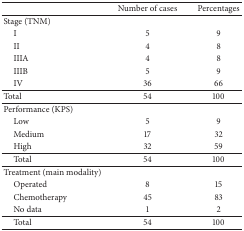
<table><thead><tr><td><b> </b></td><td><b>Number of cases</b></td><td><b>Percentages</b></td></tr></thead><tbody><tr><td>Stage (TNM)</td><td> </td><td> </td></tr><tr><td> I</td><td>5</td><td>9</td></tr><tr><td> II</td><td>4</td><td>8</td></tr><tr><td> IIIA</td><td>4</td><td>8</td></tr><tr><td> IIIB</td><td>5</td><td>9</td></tr><tr><td> IV</td><td>36</td><td>66</td></tr><tr><td>Total</td><td>54</td><td>100</td></tr><tr><td>Performance (KPS)</td><td> </td><td> </td></tr><tr><td> Low</td><td>5</td><td>9</td></tr><tr><td> Medium</td><td>17</td><td>32</td></tr><tr><td> High</td><td>32</td><td>59</td></tr><tr><td> Total</td><td>54</td><td>100</td></tr><tr><td>Treatment (main modality)</td><td> </td><td> </td></tr><tr><td> Operated</td><td>8</td><td>15</td></tr><tr><td> Chemotherapy</td><td>45</td><td>83</td></tr><tr><td> No data</td><td>1</td><td>2</td></tr><tr><td> Total</td><td>54</td><td>100</td></tr></tbody></table>